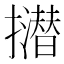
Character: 𢸝